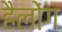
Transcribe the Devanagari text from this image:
हैलोंग